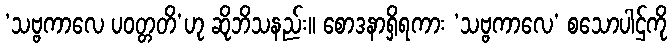
‘သဗ္ဗကာလေ ပဝတ္တတိ’ဟု ဆိုဘိသနည်း။ စောဒနာရှိရကား ‘သဗ္ဗကာလေ’ စသောပါဌ်ကို